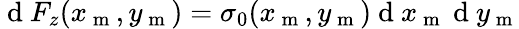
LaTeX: \mathrm{~d~}F_{z}(x_{\mathrm{~m~}},y_{\mathrm{~m~}})=\sigma_{0}(x_{\mathrm{~m~}},y_{\mathrm{~m~}})\mathrm{~d~}x_{\mathrm{~m~}}\mathrm{~d~}y_{\mathrm{~m~}}